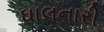
ઘાલનારી